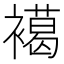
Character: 𧝶